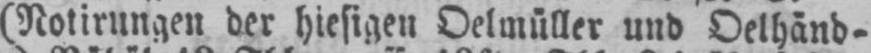
(Notirungen der hiesigen Oelmüller und Oelhänd⸗